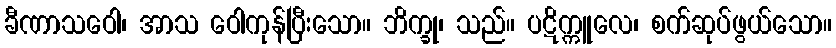
ခီဏာသဝေါ၊ အာသ ဝေါကုန်ပြီးသော။ ဘိက္ခု၊ သည်။ ပဋိက္ကူလေ၊ စက်ဆုပ်ဖွယ်သော။